Vaike-Kullamaa_(Vaikna)_vallavalitsus, lk 35
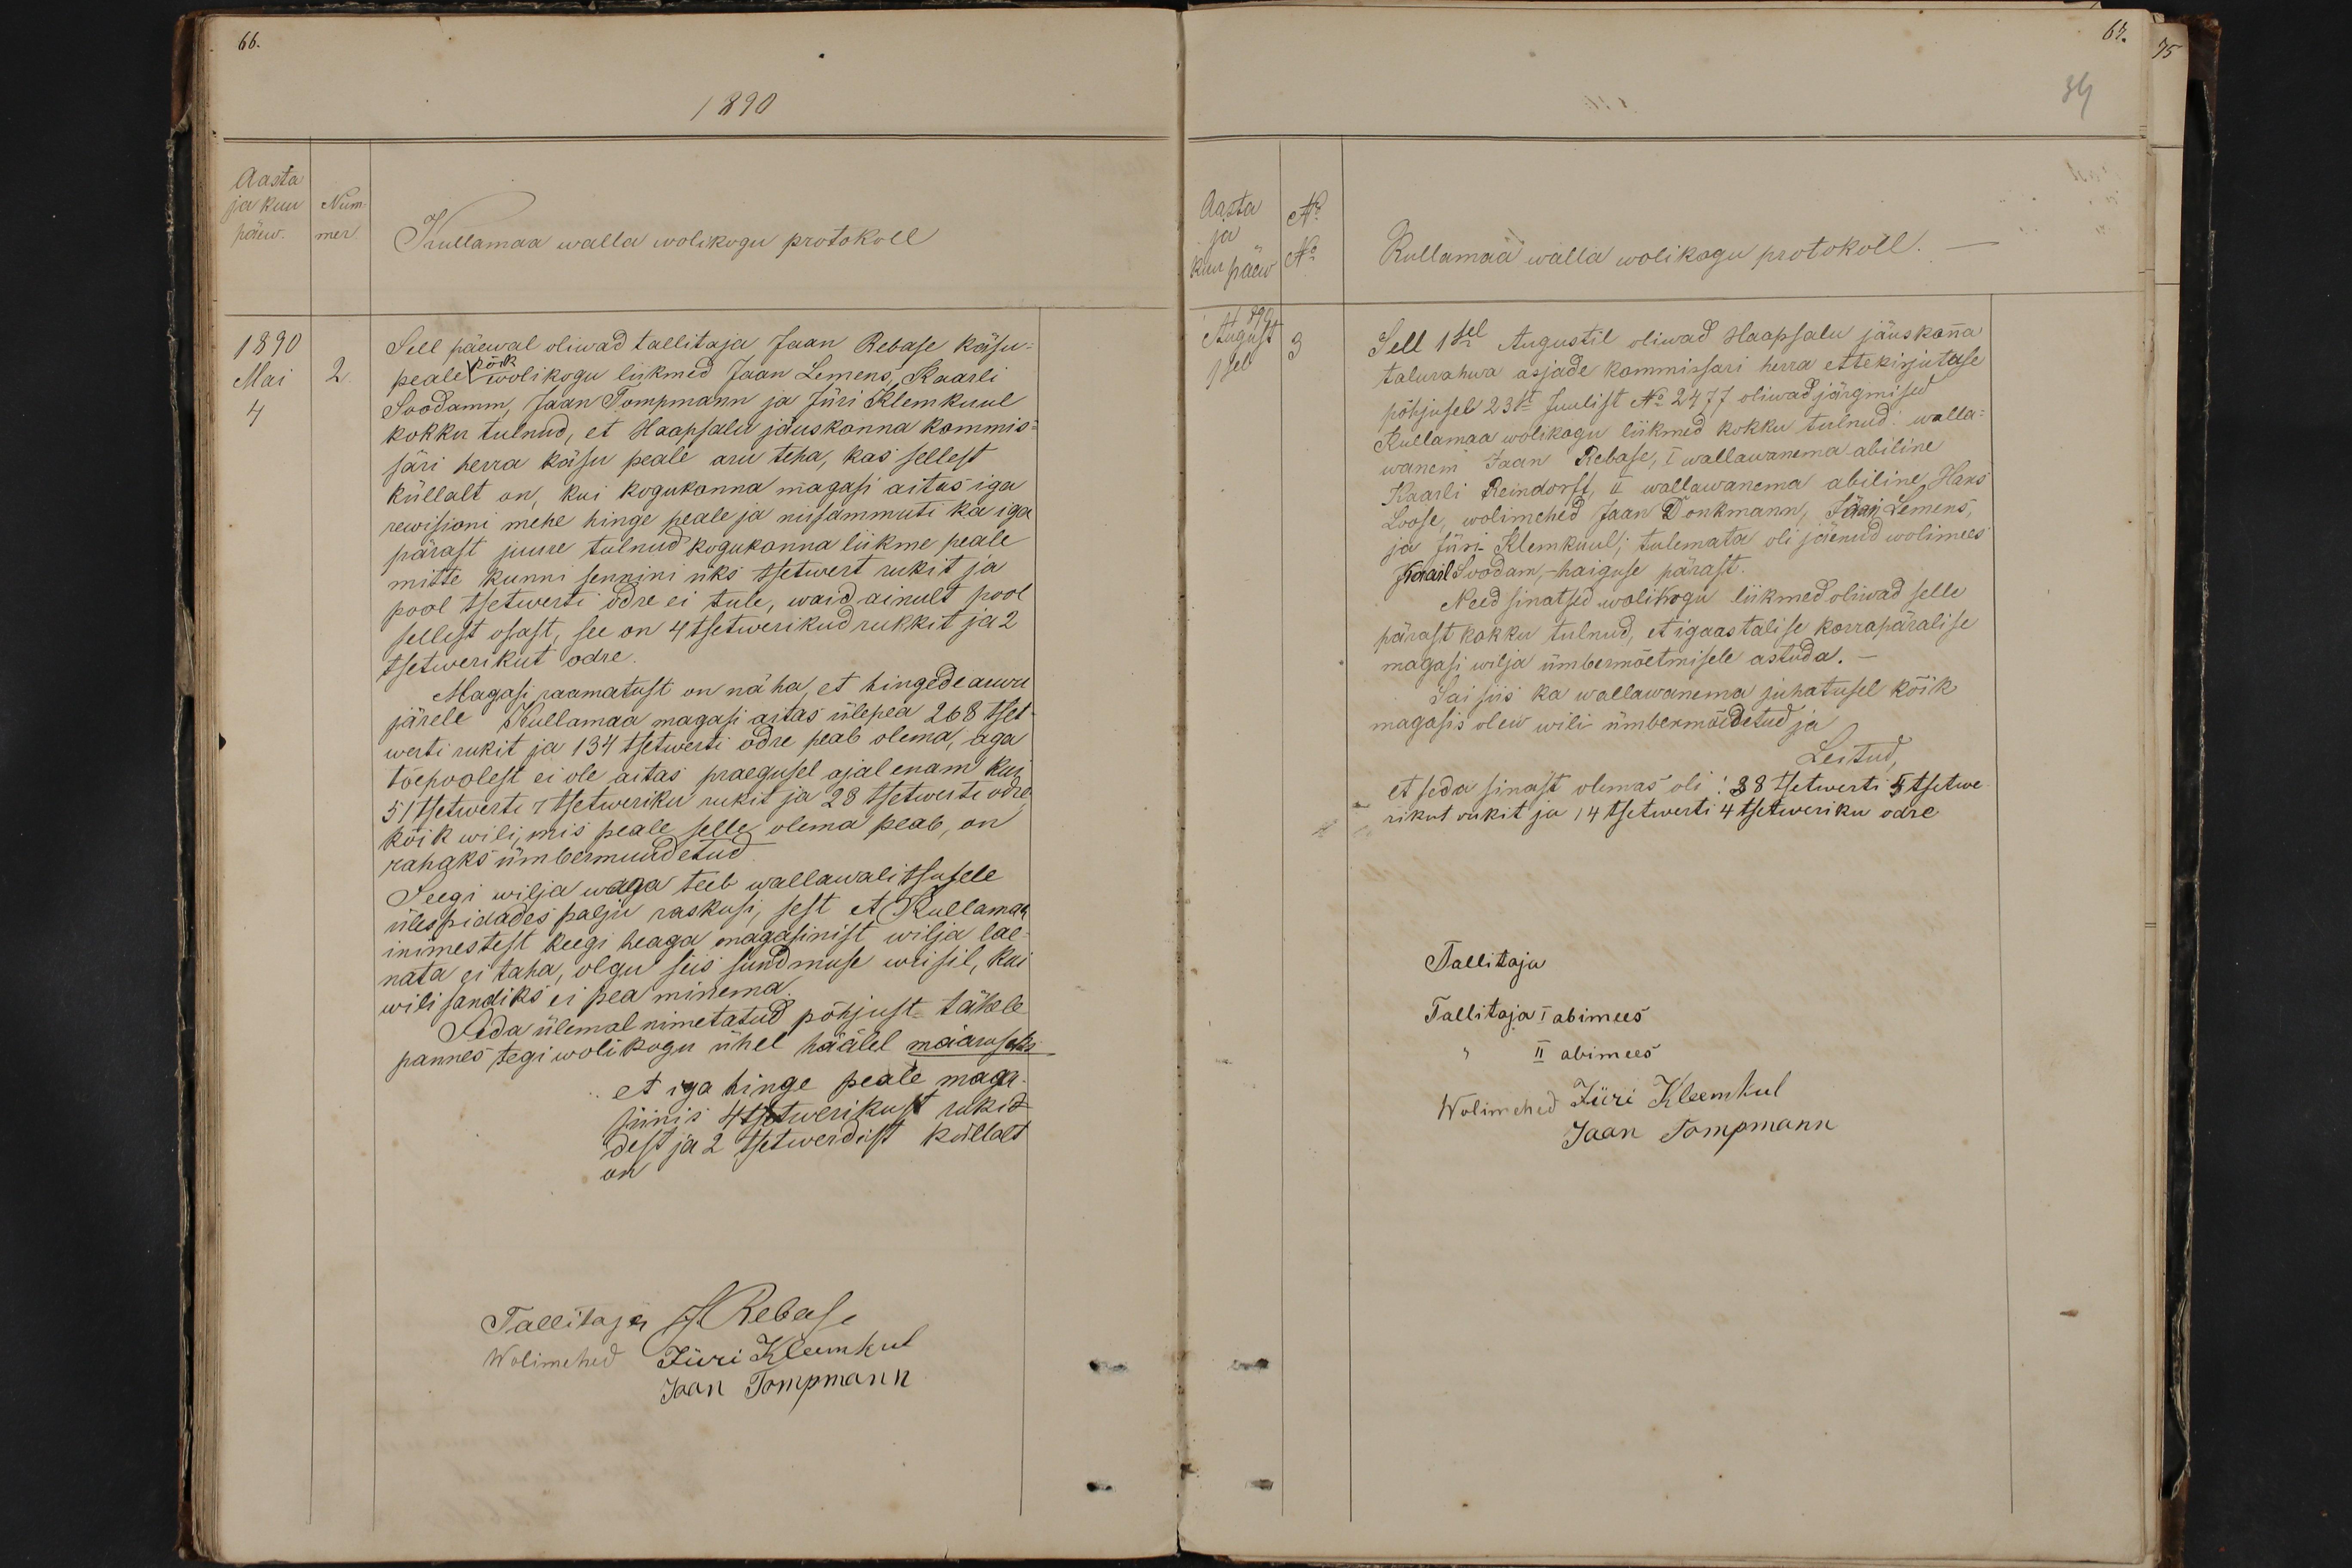
1890

Aasta
ja kuu
Num-
päew.
mer
Kullamaa walla wolikogu protokoll
1890
Sell päewal oliwad tallitaja Jaan Rebase käsu
2.
peale wolikogu liikmed Jaan Lemens, Kaarli
kõik
Mai
2.
4
Soodamm, Jaan Tompmann ja Jüri Klemkuul
kokku tulnud, et Haapsalu jäuskonna kommis-
säri herra käsu peale aru teha, kas sellest
küllalt on, kui kogukonna magasi aitas iga
rewisioni mehe hinge peale ja niisammuti ka iga
pärast juure tulnud kogukonna liikme peale
mitte kunni sennini üks tsetwert rukit ja
pool tsetwerti odre ei tule, waid ainult pool
sellest osast, see on 4 tsetwerikud rukkit ja 2
tsetwerikut odre
Magasi raamatust on näha, et hingede arwu
järele Kullamaa magasi aitas ülepea 268 tset-
werti rukit ja 134 tsetwesti odre peab olema, aga
tõepoolest ei ole aitas praegusel ajal enam kui
51 tsetwerti 1 tsetweriku rukit ja 28 tsetwerti odre
kõik wili, mis peale selle olema peab, on
rahaks ümbermuudetud
Seegi wilja waga teeb wallawalitsusele
ülespidades palju raskusi, sest et Kullamaa
inimestest keegi heaga magasinist wilja lae-
nata ei taha, olgu siis sundmuse wiisil, kui
wili sandiks ei pea minema.
Seda ülemal nimetatud põhjust tähele
pannes tegi wolikogu ühel häälel määruseks
et iga hinge peale maga-
sinis 4 tsetwerikust rukid
dest ja 2 Tsetwerdist küllalt
Tallitaja J. Rebase
Wolimehed Jüri Kleemkul
Jaan Tompmann

67.
34
Aasta
No
No
ja
kuu päew
Kullamaa walla wolikogu protokoll.
August
3
1890
1sel
Sell 1sel Augustil oliwad Haapsalu jäuskonna
talurahwa asjade kommissari herra ettekirjutase
põhjusel 23st Juulist No 2477 oliwad järgmised
Kullamaa wolikogu liikmed kokku tulnud: walla
wanem Jaan Rebase, I wallawanema abiline
Kaarli Reinfort, II wallawanema abiline Hans
Loose, wolimehed Jaan Donkmann, Jaan Lemens,
ja Jüri. Klemkuul; tulemata oli jäenud wolimees
Kaarl Soodam, - haiguse pärast.
Need sinatsed wolikogu liikmed oliwad selle
pärast kokku tulnud, et igaastalise korrapäralise
magasi wilja ümbermõetmisele astuda.
Sai siis ka wallawanema juhatusel kõik
magasis olew wili ümbermõidetud ja
Leitud
et seda sinast olemas oli: 38 tsetwerti 5 tsetwe-
rikut rukit ja 14 tsetwerti 4 tsetweriku odre
Tallitaja
Tallitaja I abimees
II abimees
Wolimehed Jüri Kleemkul
Jaan Tompmann